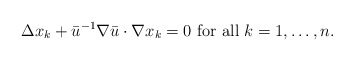
\begin{align*}\Delta x_k + \bar u^{-1} \nabla \bar u \cdot \nabla x_k=0 \mbox{ for all } k =1, \dots, n.\end{align*}